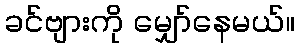
ခင်ဗျားကို မျှော်နေမယ်။